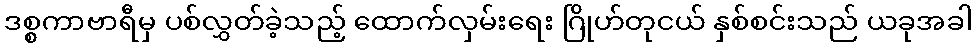
ဒစ္စကာဗာရီမှ ပစ်လွှတ်ခဲ့သည့် ထောက်လှမ်းရေး ဂြိုဟ်တုငယ် နှစ်စင်းသည် ယခုအခါ